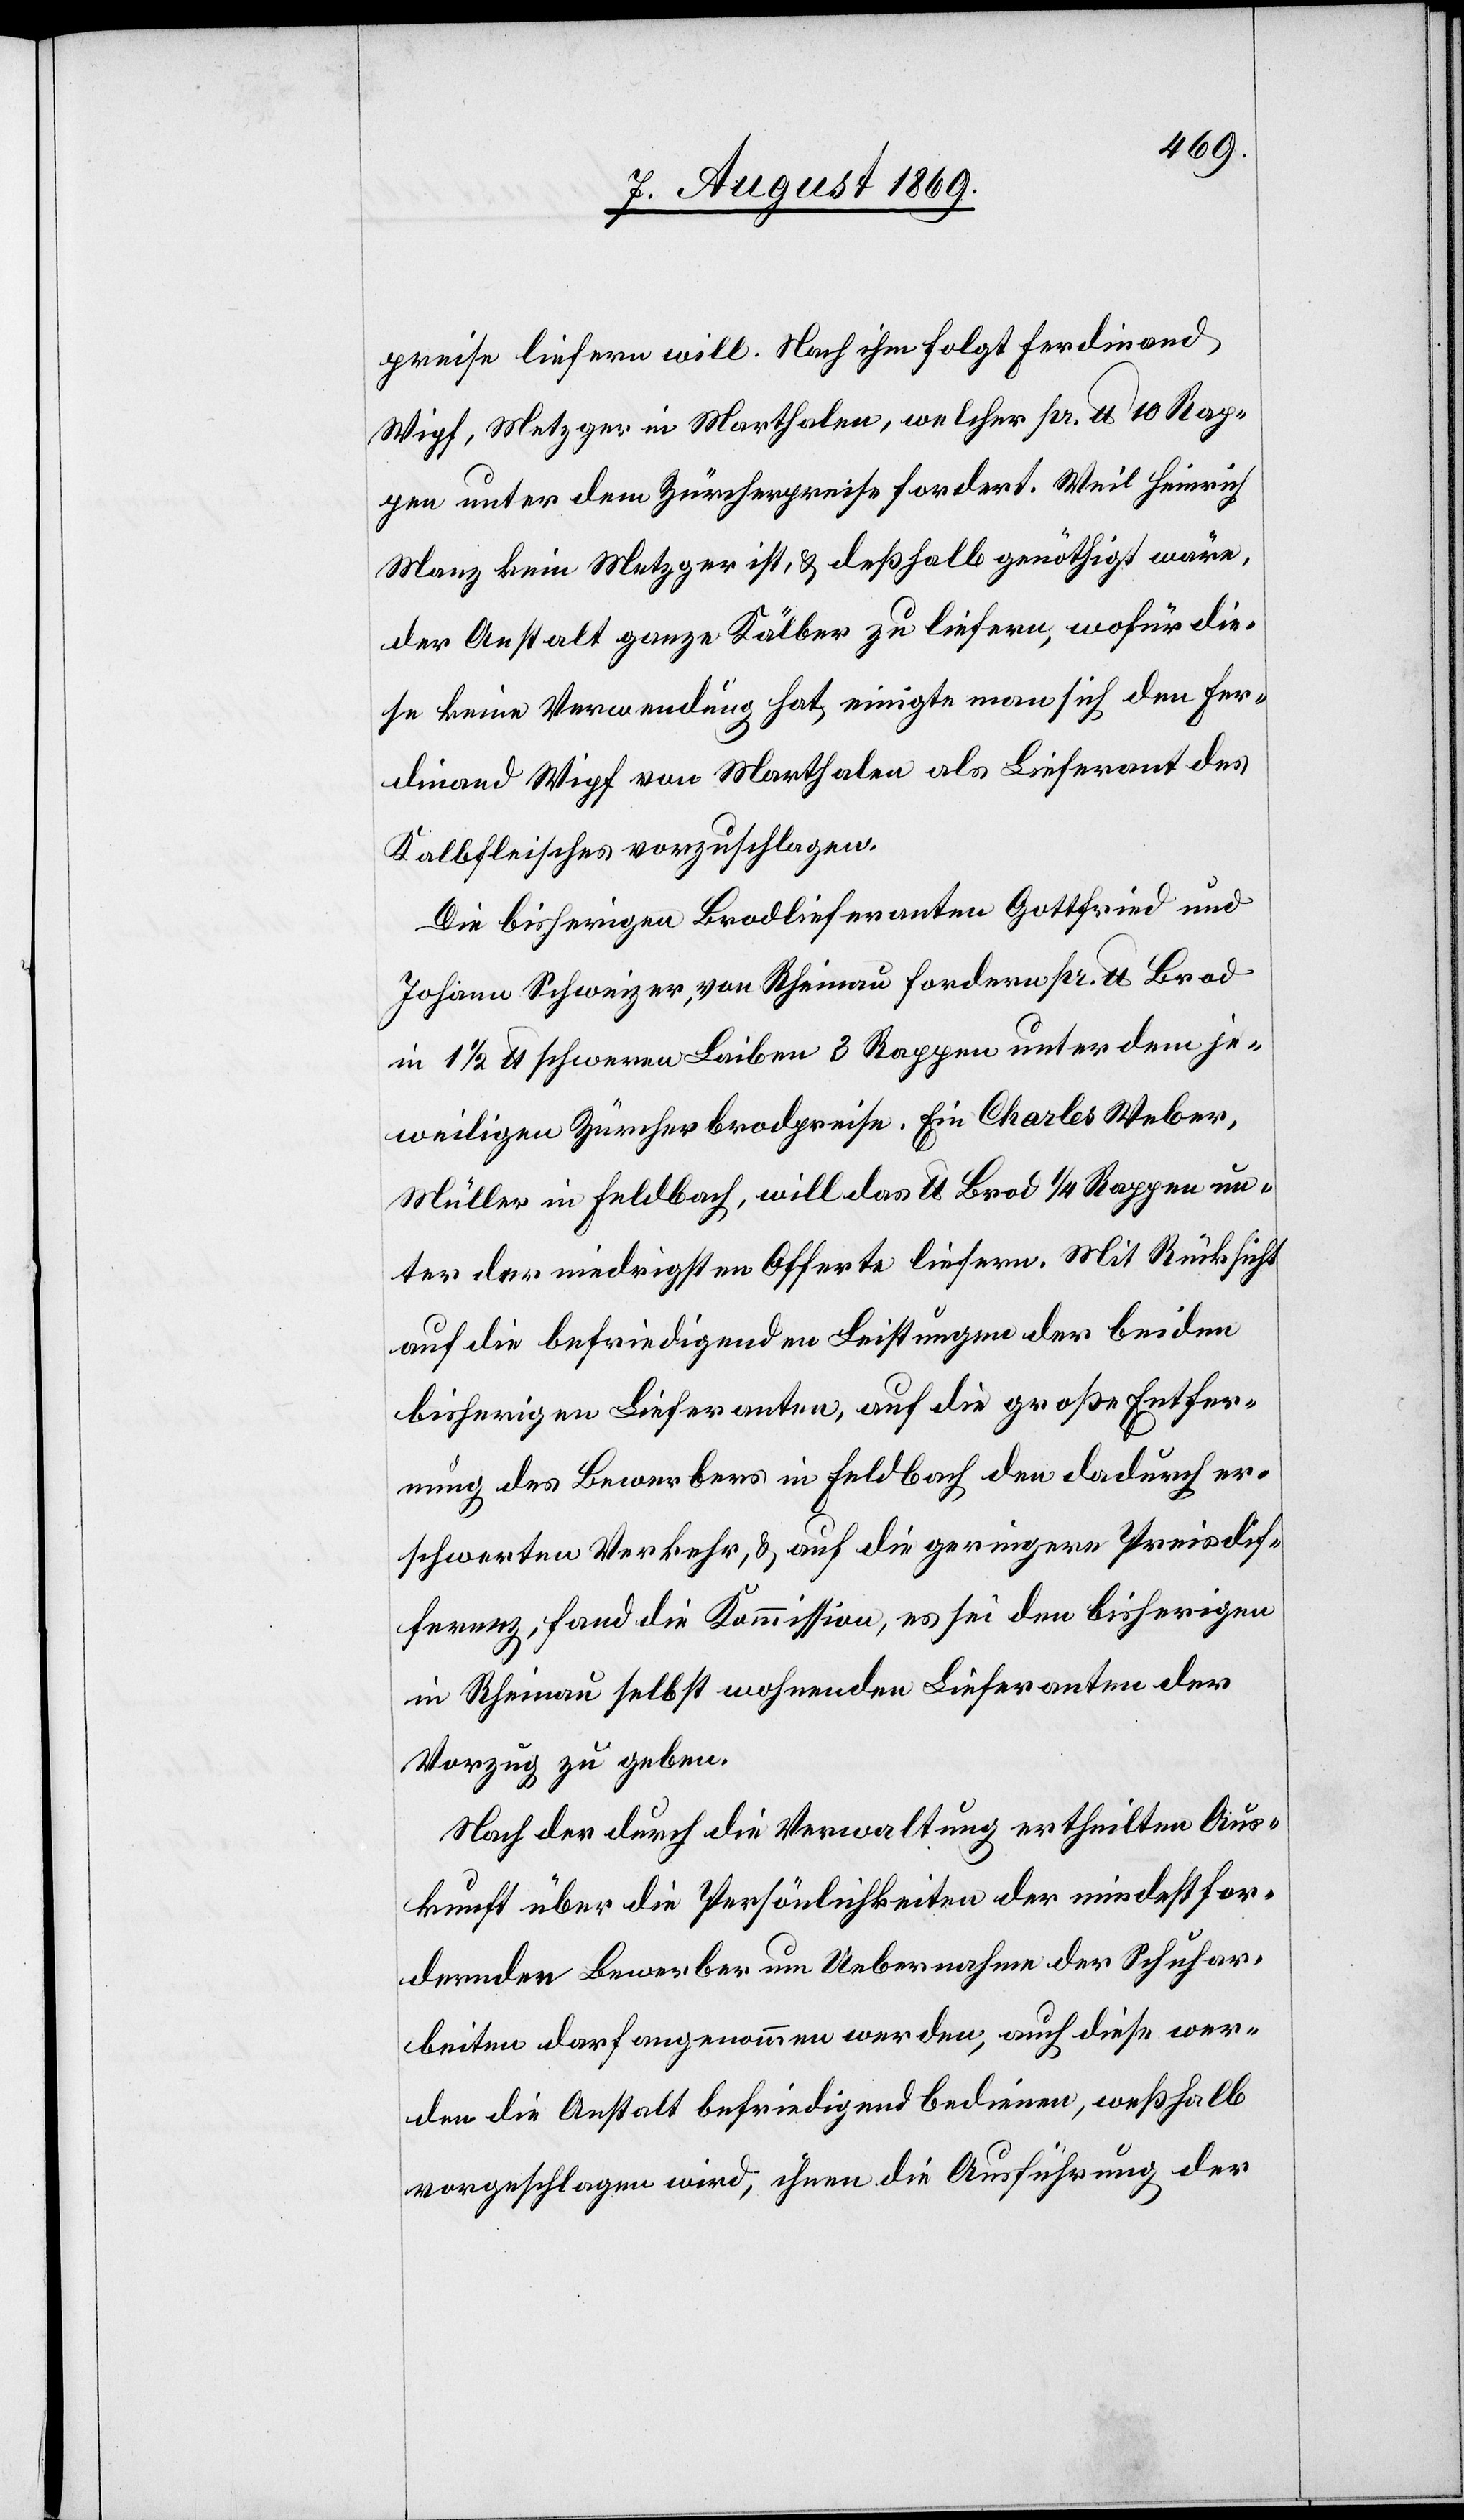
preise liefern will. Nach ihm folgt Ferdinand
Wipf, Metzger in Marthalen, welcher pr. lb 10 Rap¬
pen unter dem Zürcherpreise fordert. Weil Heinrich
Manz kein Metzger ist, & deßhalb genöthigt wäre,
der Anstalt ganze Kälber zu liefern, wofür die¬
se keine Verwendung hat, einigte man sich den Fer¬
dinand Wipf von Marthalen als Lieferant des
Kalbfleisches vorzuschlagen.
Die bisherigen Brodlieferanten Gottfried und
Johann Schweizer, von Rheinau fordern pr. lb. Brod
in 1 1/2 lb schweren Laiben 3 Rappen unter dem je¬
weiligen Zürcher Brodpreise. Ein Charles Weber,
Müller in Feldbach, will das lb Brod 1/4 Rappen un¬
ter der niedrigsten Offerte liefern. Mit Rücksicht
auf die befriedigenden Leistungen der beiden
bisherigen Lieferanten, auf die große Entfer¬
nung des Bewerbers in Feldbach den dadurch er¬
schwerten Verkehr, & auf die geringere Preisdif¬
ferenz, fand die Kommission, es sei dem bisherigen
in Rheinau selbst wohnenden Lieferanten der
Vorzug zu geben.
Nach der durch die Verwaltung ertheilten Aus¬
kunft über die Persönlichkeiten der mindest for¬
dernden Bewerber um Uebernahme der Schuhar¬
beiten darf angenommen werden, auch diese wer¬
den die Anstalt befriedigend bedienen, weßhalb
vorgeschlagen wird, ihnen die Ausführung der